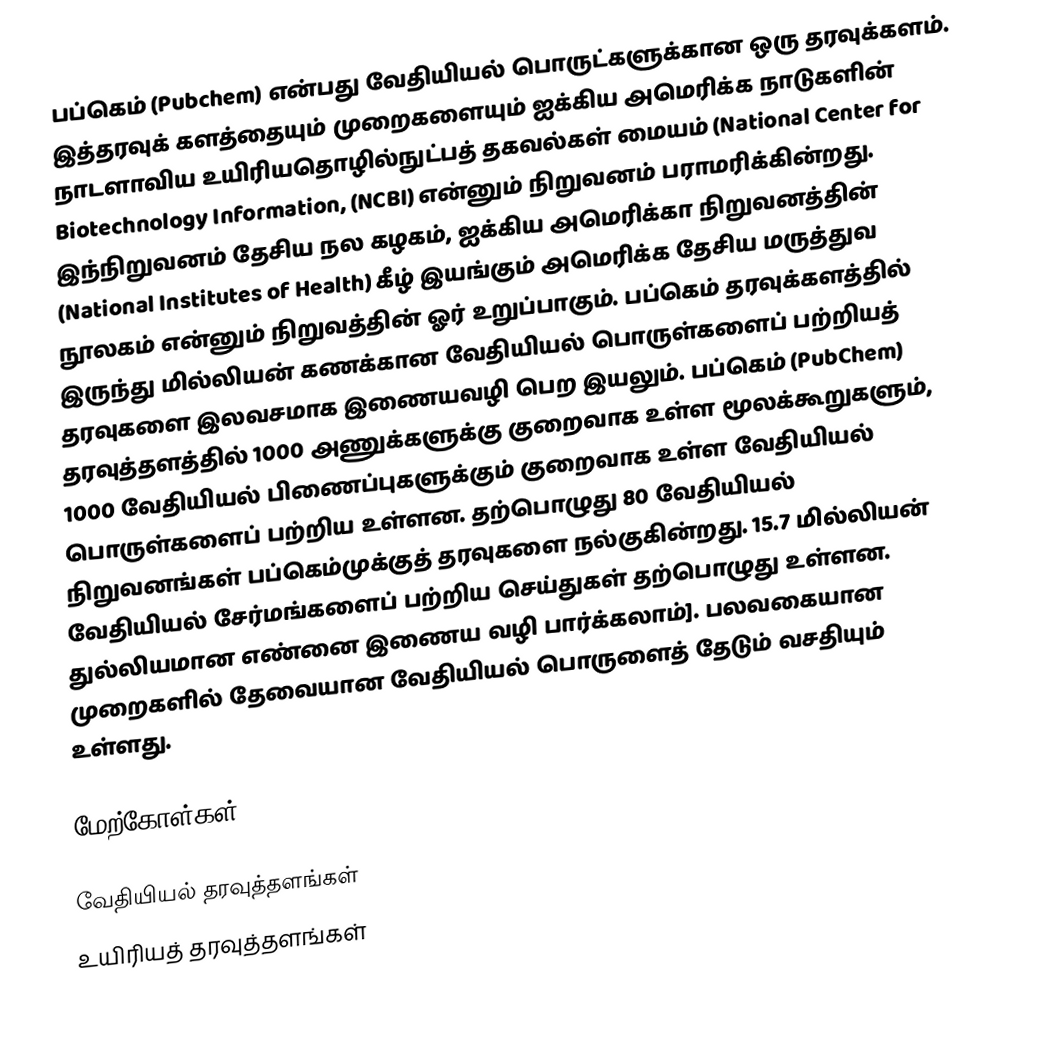
பப்கெம் (Pubchem) என்பது வேதியியல் பொருட்களுக்கான ஒரு தரவுக்களம். இத்தரவுக் களத்தையும் முறைகளையும் ஐக்கிய அமெரிக்க நாடுகளின் நாடளாவிய உயிரியதொழில்நுட்பத் தகவல்கள் மையம் (National Center for Biotechnology Information, (NCBI) என்னும் நிறுவனம் பராமரிக்கின்றது. இந்நிறுவனம் தேசிய நல கழகம், ஐக்கிய அமெரிக்கா நிறுவனத்தின் (National Institutes of Health) கீழ் இயங்கும் அமெரிக்க தேசிய மருத்துவ நூலகம் என்னும் நிறுவத்தின் ஓர் உறுப்பாகும். பப்கெம் தரவுக்களத்தில் இருந்து மில்லியன் கணக்கான வேதியியல் பொருள்களைப் பற்றியத் தரவுகளை இலவசமாக இணையவழி பெற இயலும். பப்கெம் (PubChem) தரவுத்தளத்தில் 1000 அணுக்களுக்கு குறைவாக உள்ள மூலக்கூறுகளும், 1000 வேதியியல் பிணைப்புகளுக்கும் குறைவாக உள்ள வேதியியல் பொருள்களைப் பற்றிய உள்ளன. தற்பொழுது 80 வேதியியல் நிறுவனங்கள் பப்கெம்முக்குத் தரவுகளை நல்குகின்றது. 15.7 மில்லியன் வேதியியல் சேர்மங்களைப் பற்றிய செய்துகள் தற்பொழுது உள்ளன. துல்லியமான எண்னை இணைய வழி  பார்க்கலாம்]. பலவகையான முறைகளில் தேவையான வேதியியல் பொருளைத் தேடும் வசதியும் உள்ளது.

மேற்கோள்கள்

வேதியியல் தரவுத்தளங்கள்
உயிரியத் தரவுத்தளங்கள்